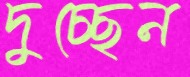
দুচ্ছেন